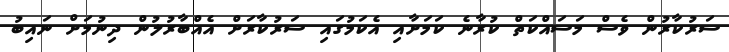
ސަރުކާރުން ވެސް މަސައްކަތް ކުރާނެ ކަމަށާއި އެކަމުގައި ސަރުކާރަށް އެއްބާރުލުން ދިނުމަށް ނައިބު